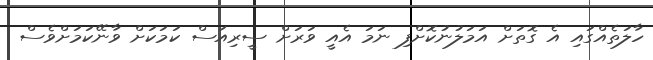
ހާލަތެއްގައި އެ ގޮތަށް އަމަލުނުކޮށްފި ނަމަ އެއީ ވަރަށް ސީރިއަސް ކަމަކަށް ވާނޭކަމަށްވެސް